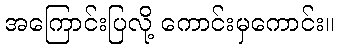
အကြောင်းပြလို့ ကောင်းမှကောင်း။